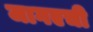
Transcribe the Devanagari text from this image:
जागएची